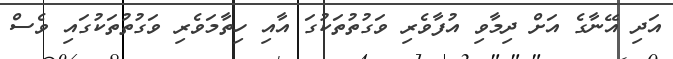
އަދި އޭނާގެ އަށް ދިމާވި އުފާވެރި ވަގުތުތަކުގަ އާއި ހިތާމަވެރި ވަގުތުތަކުގައި ވެސް